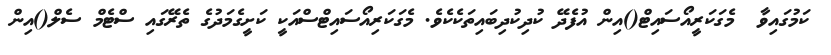
ކަމުގައިވާ  މެގަކަރީއޯސައިޓް()އިން އުފެދޭ ކުދިކުދިބައިތަކެކެވެ. މެގަކަރިއޯސައިޓްސްއަކީ ކަށީގެމަދުގެ ތެރޭގައި ސްޓެމް ސެލް()އިން